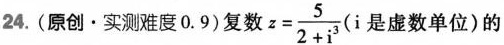
24. (原创·实测难度0.9)复数 $$z= \frac{5}{2+i^{3}}$$ (i是虚数单位)的